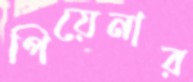
পিয়েনার